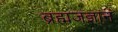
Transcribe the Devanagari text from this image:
ब्रह्मजज्ञानं